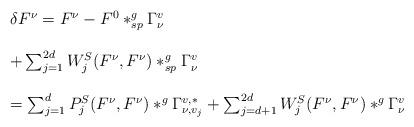
LaTeX: \begin{align*}\begin{array}{ll}\delta F^{\nu}=F^{\nu}-F^0\ast^g_{sp}\Gamma^v_{\nu}\\\\+\sum_{j=1}^{2d}W^S_j(F^{\nu},F^{\nu})\ast^g_{sp}\Gamma^v_{\nu}\\\\=\sum_{j=1}^dP^S_j(F^{\nu},F^{\nu})\ast^g \Gamma^{v,*}_{\nu,v_j}+\sum_{j=d+1}^{2d}W^S_j(F^{\nu},F^{\nu})\ast^g \Gamma^v_{\nu}\end{array}\end{align*}